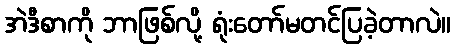
အဲဒီစာကို ဘာဖြစ်လို့ ရုံးတော်မတင်ပြခဲ့တာလဲ။